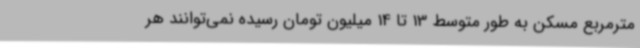
مترمربع مسکن به طور متوسط 13 تا 14 میلیون تومان رسیده نمی‌توانند هر